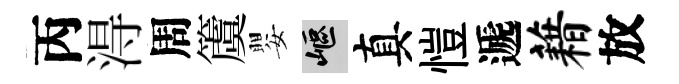
丙淂周𥵂嬰嶇真愷遞藉放